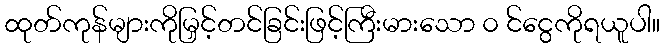
ထုတ်ကုန်များကိုမြှင့်တင်ခြင်းဖြင့်ကြီးမားသော ၀ င်ငွေကိုရယူပါ။